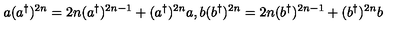
a ( a ^ { \dagger } ) ^ { 2 n } = 2 n ( a ^ { \dagger } ) ^ { 2 n - 1 } + ( a ^ { \dagger } ) ^ { 2 n } a , b ( b ^ { \dagger } ) ^ { 2 n } = 2 n ( b ^ { \dagger } ) ^ { 2 n - 1 } + ( b ^ { \dagger } ) ^ { 2 n } b